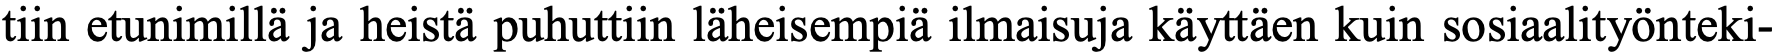
tiin etunimillä ja heistä puhuttiin läheisempiä ilmaisuja käyttäen kuin sosiaalityönteki-